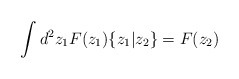
\begin{align*}\int d^2 z_1 F(z_1) \{ z_1 | z_2 \} = F(z_2)\end{align*}